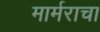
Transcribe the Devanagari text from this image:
मार्मराचा